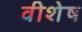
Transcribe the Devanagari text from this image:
वीशेष